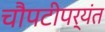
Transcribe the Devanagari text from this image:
चौपटीपर्यंत